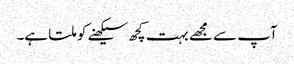
آپ سے مجھے بہت کچھ سیکھنے کو ملتا ہے۔